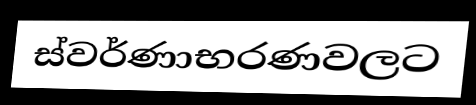
ස්වර්ණාභරණවලට